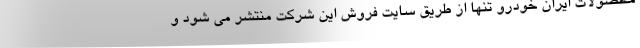
محصولات ایران خودرو تنها از طریق سایت فروش این شرکت منتشر می شود و